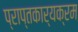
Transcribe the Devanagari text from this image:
प्राप्तकार्यक्रम